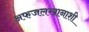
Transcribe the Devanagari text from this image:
अफजलखानाशी